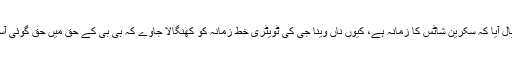
مگر پھر خیال آیا کہ سکرین شاٹس کا زمانہ ہے، کیوں ناں وینا جی کی ٹویٹری خطِ زمانہ کو کھنگالا جاوے کہ بی بی کے حق میں حق گوئی آساں ہوجائے۔